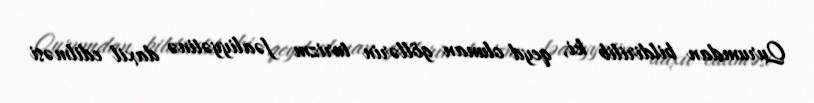
Qurumdan bildirilib ki, qeyd olunan göllərin turizm fəaliyyətinə daxil edilməsi